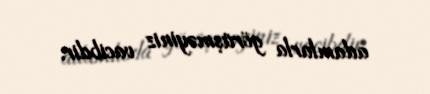
adamlarla görüşməyiniz vacibdir.